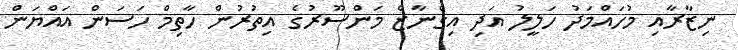
ނިޒާރާއި މުހައްމަދު ހަލީލު އަދި އިގްނާޒް މަންސޫރުގެ އިތުރުން ހާތިމް ހަސަން އައްޔަން